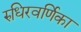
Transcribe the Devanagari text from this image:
रुधिरवर्णिका